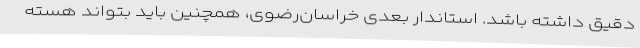
دقیق داشته باشد. استاندار بعدی خراسان‌رضوی، همچنین باید بتواند هسته